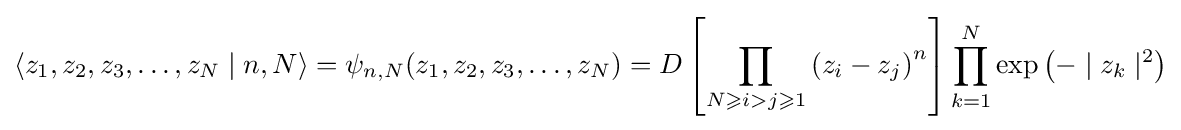
\langle z_{1},z_{2},z_{3},\ldots ,z_{N}\mid n,N\rangle =\psi _{n,N}(z_{1},z_{2},z_{3},\ldots ,z_{N})=D\left[\prod _{N\geqslant i>j\geqslant 1}\left(z_{i}-z_{j}\right)^{n}\right]\prod _{k=1}^{N}\exp \left(-\mid z_{k}\mid ^{2}\right)